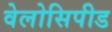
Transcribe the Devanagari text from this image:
वेलोसिपीड